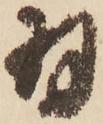
羽